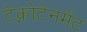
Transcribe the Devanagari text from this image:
टेक्नोटेनमेंट